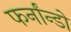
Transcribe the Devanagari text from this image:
फर्नांन्डो